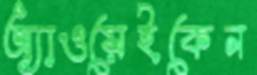
অ্যাওয়েইকেন